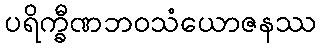
ပရိက္ခီဏဘဝသံယောဇနဿ